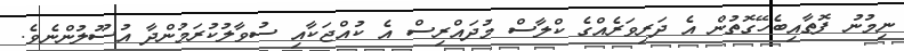
ނިމުނު ފޮތާއިބެހޭގޮތުން އެ ދަރިވަރެއްގެ ކްލާސް މުދައްރިސް އެ ކުއްޖަކާއި ސުވާލުކުރަމުންދާ އުސޫލުންނެވެ.